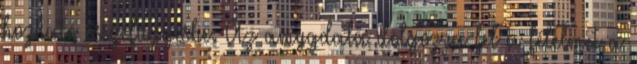
hozható összefüggésbe. Az amygdala dolgozza fel a félelmet a